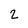
Character: 2